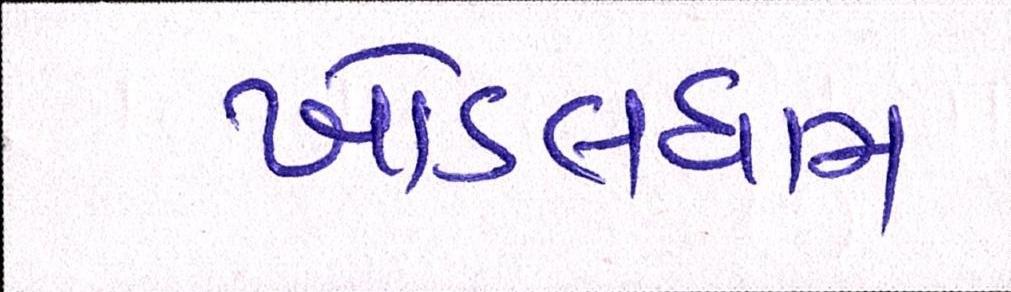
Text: ખોડલધામ